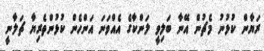
ރަޔާން ކުޅުނު މެޗުން އޭނާ ބަލިވީ ލަންކާގެ އެއްވަނަ އަންހެން ކުޅުންތެރިޔާ ޗަލާނީ